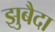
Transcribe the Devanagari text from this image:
झुबैदा